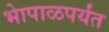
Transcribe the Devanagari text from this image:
भेापाळपर्यंत